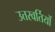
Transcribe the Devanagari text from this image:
उत्तरवर्तियों